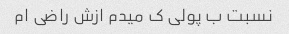
نسبت ب پولی ک میدم ازش راضی ام